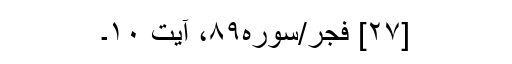
[۲۷] فجر/سوره۸۹، آیت ۱۰۔